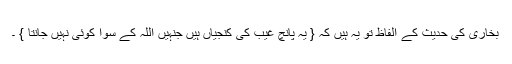
بخاری کی حدیث کے الفاظ تو یہ ہیں کہ { یہ پانچ غیب کی کنجیاں ہیں جنہیں اللہ کے سوا کوئی نہیں جانتا } ۔